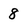
Character: 8